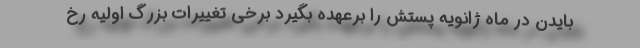
بایدن در ماه ژانویه پستش را برعهده بگیرد برخی تغییرات بزرگ اولیه رخ